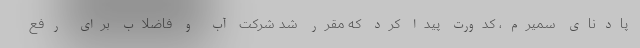
پادنای سمیرم، کدورت پیدا کرد که مقرر شد شرکت آب و فاضلاب برای رفع